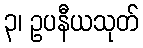
၃၊ ဥပနီယသုတ်